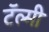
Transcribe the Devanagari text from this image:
टॅल्मी